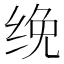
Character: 𰬜